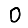
Digit: 0